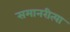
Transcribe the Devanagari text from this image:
समानरीत्या